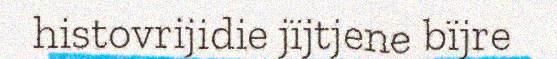
histovrijidie jïjtjene bïjre